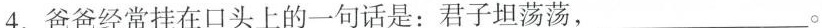
4.爸爸经常挂在口头上的一句话是：君子坦荡荡，___。